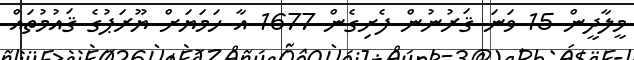
މީލާދީން 15 ވަނަ ޤަރުނުން ފެށިގެން 1677 އާ ހަމަޔަށް ޔޫރަޕުގެ ޤައުމުތައް